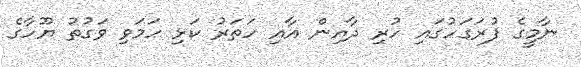
ނާމީގެ ފުރަގަހުގައި ހުރި ދާއިން އާއި ހަތަރު ކަޅި ހަމަވި ވަގުތު ޔޫހާގެ